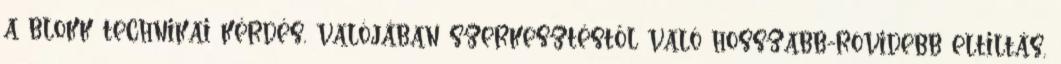
a blokk technikai kérdés, valójában szerkesztéstől való hosszabb-rövidebb eltiltás,